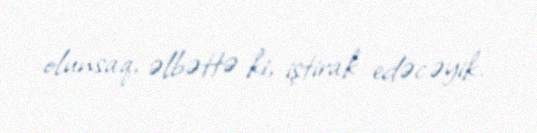
olunsaq, əlbəttə ki, iştirak edəcəyik.